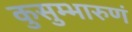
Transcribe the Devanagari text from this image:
कुसुम्भारुणं